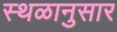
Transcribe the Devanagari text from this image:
स्थळानुसार